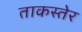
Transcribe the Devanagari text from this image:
ताकस्तेर